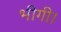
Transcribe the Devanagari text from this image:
भीगी।